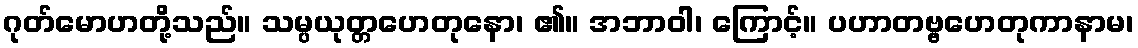
ဂုတ်မောဟတို့သည်။ သမ္ပယုတ္တဟေတုနော၊ ၏။ အဘာဝါ၊ ကြောင့်။ ပဟာတဗ္ဗဟေတုကာနာမ၊